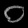
Digit: ၀